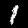
Label: 1